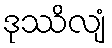
ဒုဿိလျံ